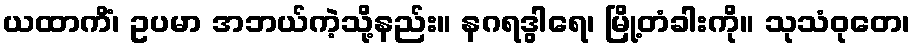
ယထာကိံ၊ ဥပမာ အဘယ်ကဲ့သို့နည်း။ နဂရဒွါရေ၊ မြို့တံခါးကို။ သုသံဝုတေ၊